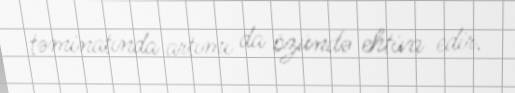
təminatında artımı da özündə ehtiva edir.